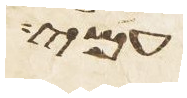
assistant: עמי